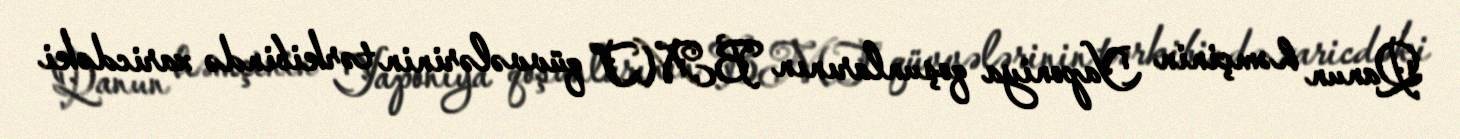
Qanun həmçinin Yaponiya qoşunlarının BMT qüvvələrinin tərkibində xaricdəki